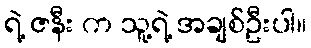
ရဲ့ ဇနီး က သူ့ရဲ့ အချစ်ဦးပါ။